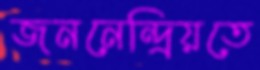
জননেন্দ্রিয়তে